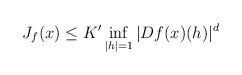
LaTeX: \begin{align*}J_{f}(x) \le K' \inf_{|h|=1} |Df(x) (h)|^d\end{align*}